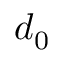
d _ { 0 }